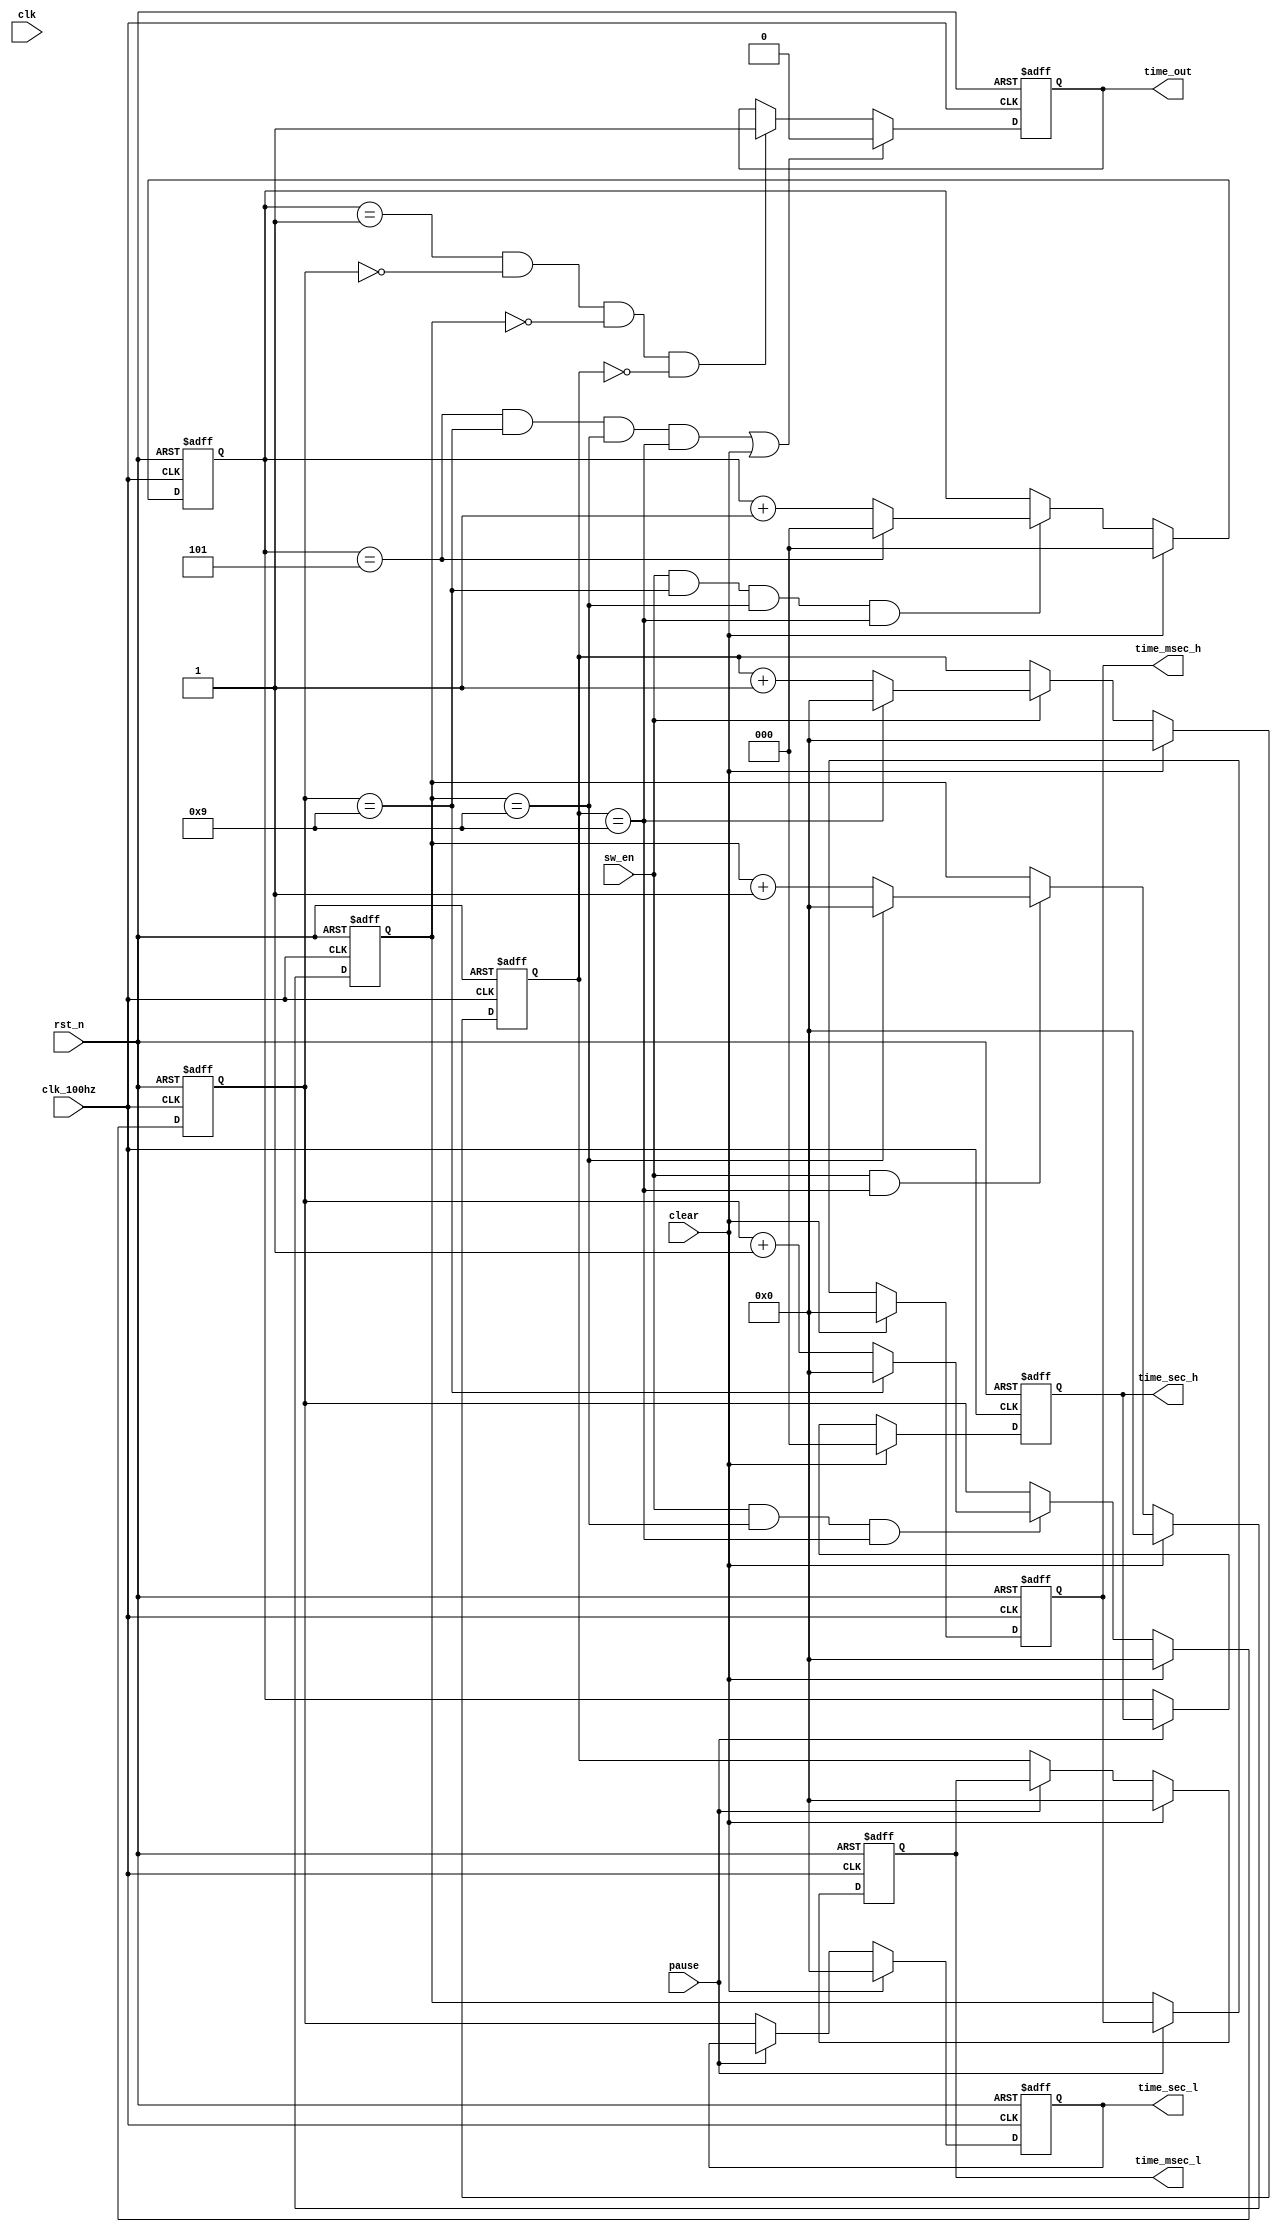
module control (
    input clk_100hz,
    input clk,
    input rst_n,
    input sw_en,
    input pause,
    input clear,
    output reg [2:0] time_sec_h,
    output reg [3:0] time_sec_l,
    output reg [3:0] time_msec_h,
    output reg [3:0] time_msec_l,
    output reg time_out

);

  // 
  reg [2:0] time_sec_h_reg;
  reg [3:0] time_sec_l_reg, time_msec_h_reg, time_msec_l_reg;

  // 
  always @(posedge clk_100hz or negedge rst_n)
    if (~rst_n) time_msec_l_reg <= 4'b0;
    else if (clear) time_msec_l_reg <= 4'b0;
    else if (sw_en) time_msec_l_reg <= (time_msec_l_reg == 4'd9) ? 4'd0 : time_msec_l_reg + 1;
    else time_msec_l_reg <= time_msec_l_reg;

  always @(posedge clk_100hz or negedge rst_n)
    if (~rst_n) time_msec_h_reg <= 4'b0;
    else if (clear) time_msec_h_reg <= 4'b0;
    else if (sw_en && time_msec_l_reg == 4'd9)
      time_msec_h_reg <= (time_msec_h_reg == 4'd9) ? 4'd0 : time_msec_h_reg + 1;
    else time_msec_h_reg <= time_msec_h_reg;

  always @(posedge clk_100hz or negedge rst_n)
    if (~rst_n) time_sec_l_reg <= 4'b0;
    else if (clear) time_sec_l_reg <= 4'b0;
    else if (sw_en && time_msec_h_reg == 4'd9 && time_msec_l_reg == 4'd9)
      time_sec_l_reg <= (time_sec_l_reg == 4'd9) ? 4'd0 : time_sec_l_reg + 1;
    else time_sec_l_reg <= time_sec_l_reg;

  always @(posedge clk_100hz or negedge rst_n)
    if (~rst_n) time_sec_h_reg <= 3'b0;
    else if (clear) time_sec_h_reg <= 3'b0;
    else if (sw_en && time_sec_l_reg == 4'd9 && time_msec_h_reg == 4'd9 && time_msec_l_reg == 4'd9)
      time_sec_h_reg <= (time_sec_h_reg == 3'd5) ? 3'd0 : time_sec_h_reg + 1;
    else time_sec_h_reg <= time_sec_h_reg;



  // 
  always @(posedge clk_100hz or negedge rst_n)
    if (~rst_n) time_msec_l <= 4'b0;
    else if (clear) time_msec_l <= 4'b0;
    else if (pause) time_msec_l <= time_msec_l;
    else time_msec_l <= time_msec_l_reg;

  always @(posedge clk_100hz or negedge rst_n)
    if (~rst_n) time_msec_h <= 4'b0;
    else if (clear) time_msec_h <= 4'b0;
    else if (pause) time_msec_h <= time_msec_h;
    else time_msec_h <= time_msec_h_reg;

  always @(posedge clk_100hz or negedge rst_n)
    if (~rst_n) time_sec_l <= 4'b0;
    else if (clear) time_sec_l <= 4'b0;
    else if (pause) time_sec_l <= time_sec_l;
    else time_sec_l <= time_sec_l_reg;

  always @(posedge clk_100hz or negedge rst_n)
    if (~rst_n) time_sec_h <= 3'b0;
    else if (clear) time_sec_h <= 3'b0;
    else if (pause) time_sec_h <= time_sec_h;
    else time_sec_h <= time_sec_h_reg;

  // time_out 
  always @(posedge clk_100hz or negedge rst_n)
    if (~rst_n) time_out <= 1'b0;
    else if ((time_sec_h_reg == 5 && time_sec_l_reg == 9 && time_msec_h_reg == 9 && time_msec_l_reg == 9) || clear)
      time_out <= 1'b0;
    else if (time_sec_h_reg == 1 && time_sec_l_reg == 0 && time_msec_h_reg == 0 && time_msec_l_reg == 0)
      time_out <= 1'b1;
    else time_out <= time_out;



endmodule